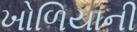
ખોળિયાની